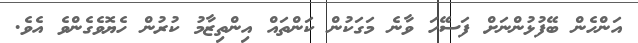
އަންހެން ބޭފުޅުންނަށް ފަސޭހަ ވާނެ މަގަކުން ކަންތައް އިންތިޒާމު ކުރުން ހެޔޮވެގެންވެ އެވެ.